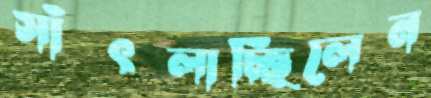
সাঁৎলাচ্ছিলেন